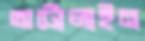
অটোলাইন